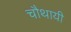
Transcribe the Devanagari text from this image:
चौथायी